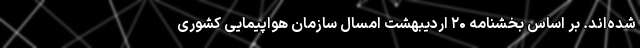
شده‌اند. بر اساس بخشنامه ۲۰ اردیبهشت امسال سازمان هواپیمایی کشوری